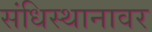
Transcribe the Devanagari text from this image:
संधिस्थानावर